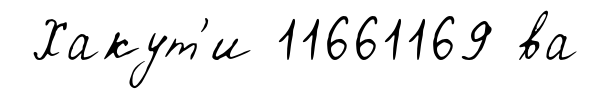
Хакут'и 11661169 ́ва